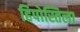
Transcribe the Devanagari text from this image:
हिपोस्तिला